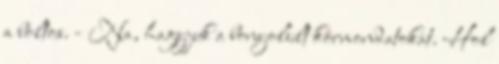
a boltos. - Na, hagyjuk a bonyolult körmondatokat. Hol